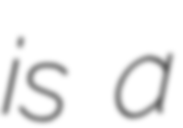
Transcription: is a